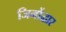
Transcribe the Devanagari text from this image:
जिर्नोद्धार